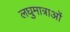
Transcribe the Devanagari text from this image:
लघुमात्राओं